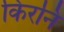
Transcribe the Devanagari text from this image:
किरनि